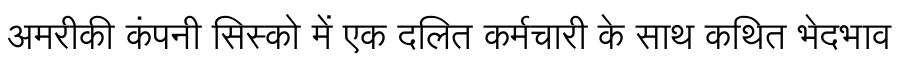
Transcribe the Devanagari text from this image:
अमरीकी कंपनी सिस्को में एक दलित कर्मचारी के साथ कथित भेदभाव